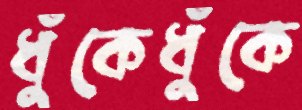
ধুঁকেধুঁকে